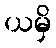
ယမှိ